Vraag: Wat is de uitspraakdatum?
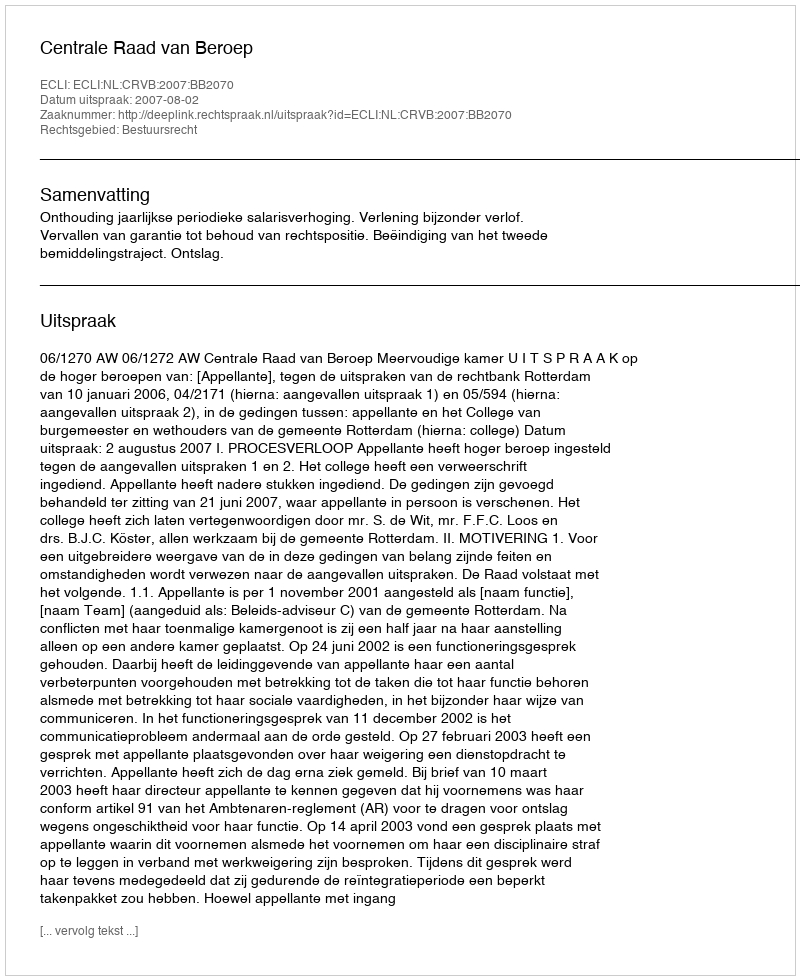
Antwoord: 2007-08-02